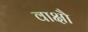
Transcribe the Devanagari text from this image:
वाक्षौ